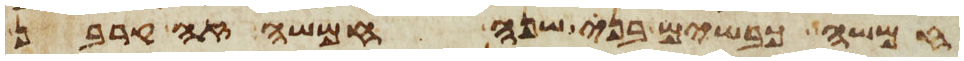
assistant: חמשה כבשים בני שנה חמשה זה קרבן